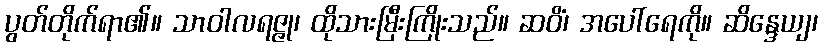
ပွတ်တိုက်ရာ၏။ သာဝါလရဇ္ဇု၊ ထိုသားမြီးကြိုးသည်။ ဆဝိံ၊ အပေါ်ရေကို။ ဆိန္ဒေယျ၊